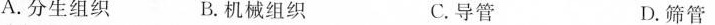
A.分生组织 B.机械组织 C.导管 D.筛管